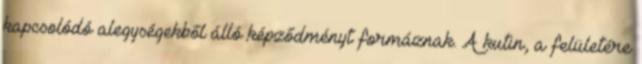
kapcsolódó alegységekből álló képződményt formáznak. A kutin, a felületére